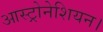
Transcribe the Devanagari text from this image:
आस्ट्रोनेशियन।